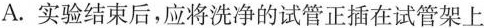
A.实验结束后，应将洗净的试管正插在试管架上